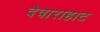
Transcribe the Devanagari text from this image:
देवाराहाट